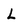
Character: L